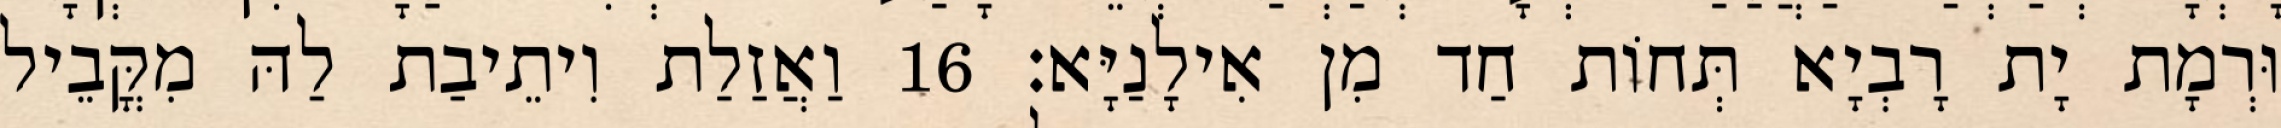
וּרְמָת יָת רָבְיָא תְּחוֹת חַד מִן אִילָנַיָּא׃ 16 וַאֲזַלַת וִיתֵיבַת לַהּ מִקֳּבֵיל